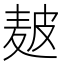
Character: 𤿲